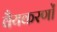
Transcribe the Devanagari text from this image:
वैयकरणों